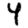
Digit: 4